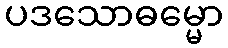
ပဒသောဓမ္မော